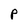
Character: p